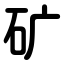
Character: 矿